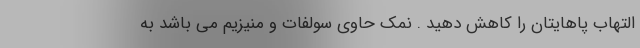
التهاب پاهایتان را کاهش دهید . نمک حاوی سولفات و منیزیم می باشد به